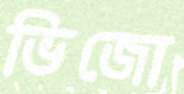
ভিজো